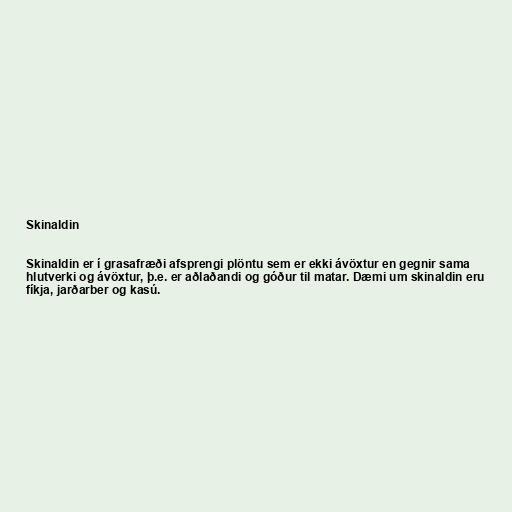
Skinaldin

Skinaldin er í grasafræði afsprengi plöntu sem er ekki ávöxtur en gegnir sama
hlutverki og ávöxtur, þ.e. er aðlaðandi og góður til matar. Dæmi um skinaldin eru
fíkja, jarðarber og kasú.